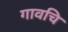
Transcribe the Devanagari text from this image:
गावचि